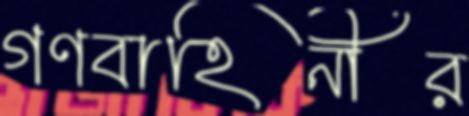
গণবাহিনীর